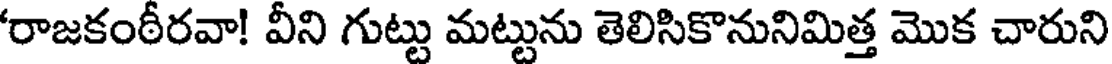
'రాజకంఠీరవా! వీని గుట్టు మట్టును తెలిసికొనునిమిత్త మొక చారుని